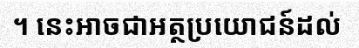
។ នេះអាចជាអត្ថប្រយោជន៍ដល់